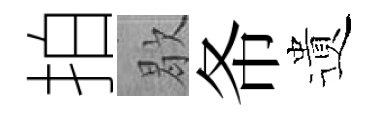
拍歇𢁙遺